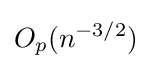
O_{p}(n^{-3/2})